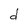
Character: d